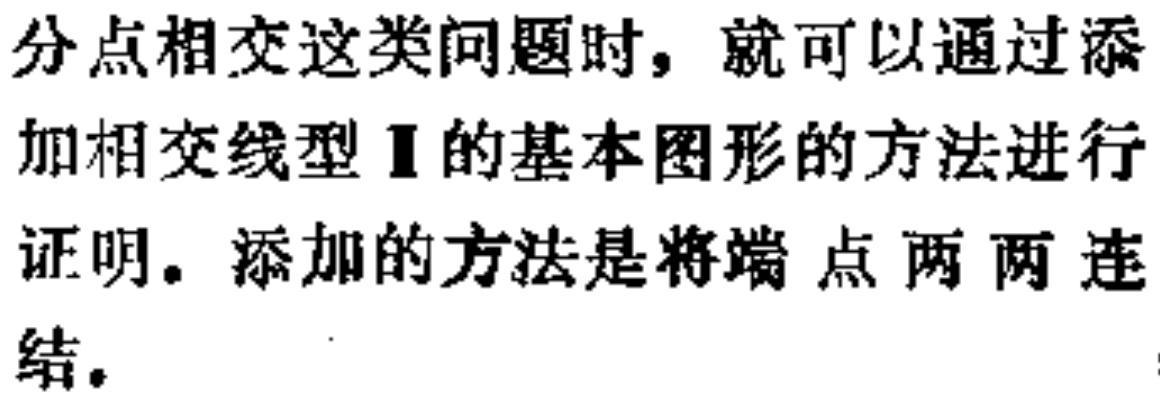
分点相交这类问题时，就可以通过添加相交线型\text{I}的基本图形的方法进行证明。添加的方法是将端点两两连结。